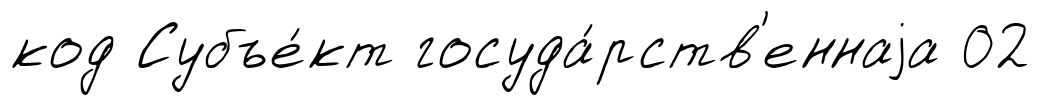
код Субъе́кт госуда́рств'еннаjа 02